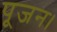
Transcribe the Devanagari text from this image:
पूजन।